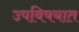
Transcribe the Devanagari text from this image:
उपविषयात